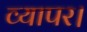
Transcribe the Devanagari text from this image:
व्यापर।